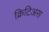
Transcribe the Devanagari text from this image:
क्रिटिअस